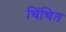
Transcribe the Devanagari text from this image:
चिंचित